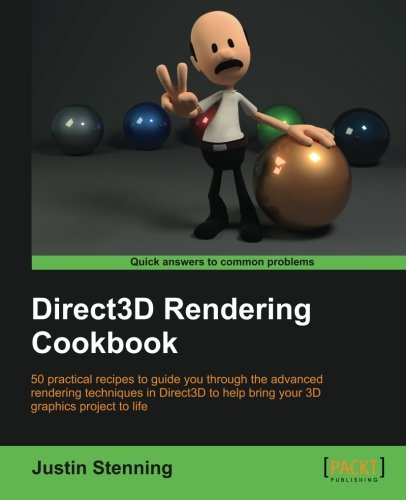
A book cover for Direct3D Rendering Cookbook; Justin Stenning; Computers & Technology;